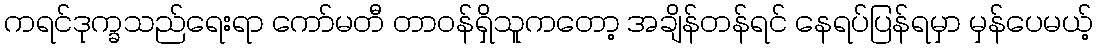
ကရင်ဒုက္ခသည်ရေးရာ ကော်မတီ တာဝန်ရှိသူကတော့ အချိန်တန်ရင် နေရပ်ပြန်ရမှာ မှန်ပေမယ့်